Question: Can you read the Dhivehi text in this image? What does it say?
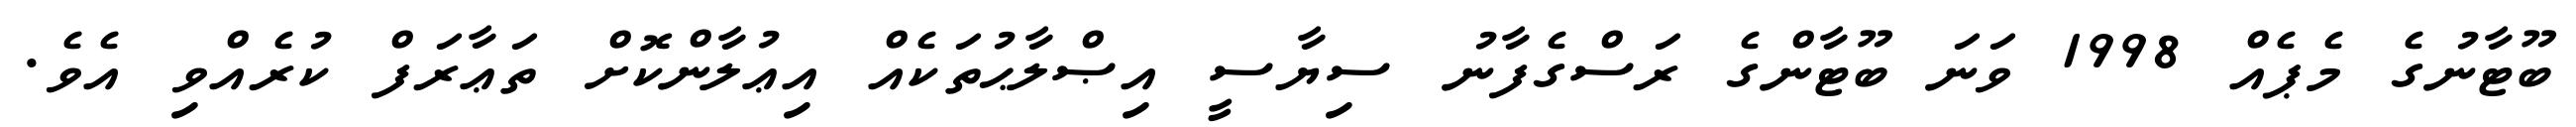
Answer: ބޫޓާނުގެ މެޕެއް 1998 ވަނަ ބޫޓާންގެ ރަސްގެފާނު ސިޔާސީ އިޞްލާޙުތަކެއް އިޢުލާންކޮށް ތަޢާރަފް ކުރެއްވި އެވެ.